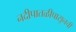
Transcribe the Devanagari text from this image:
नदीपातळीपासूनची